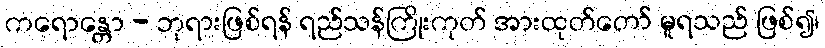
ကရောန္တော - ဘုရားဖြစ်ရန် ရည်သန်ကြိုးကုတ် အားထုတ်တော် မူရသည် ဖြစ်၍၊